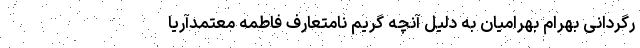
رگردانی بهرام بهرامیان به دلیل آنچه گریم نامتعارف فاطمه معتمدآریا